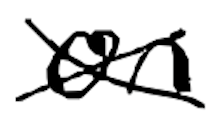
Text: on
Cross-out: mix
Writing tool: digital_black